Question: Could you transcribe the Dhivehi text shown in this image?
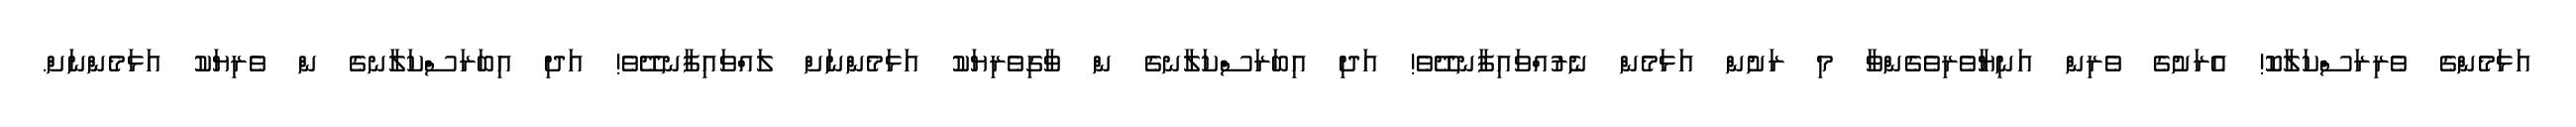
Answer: އަޅަމެންގެ ވެރިރަސްކަލާކޮ! އެރަށުގެ ވެރިން އަނިޔާވެރިވެގެންވާ މި ރަށުން އަޅަމެން ނެރުއްވައިފާނދޭވެ! އަދި އިބަރަސްކަލާނގެ ން ވާގިވެރިޔަކު އަޅަމެންނަށް ލައްވައިފާނދޭވެ! އަދި އިބަރަސްކަލާނގެ ން ވެރިޔަކު އަޅަމެންނަށް.